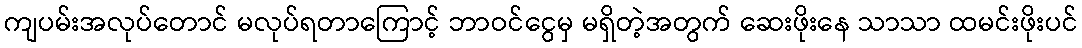
ကျပမ်းအလုပ်တောင် မလုပ်ရတာကြောင့် ဘာဝင်ငွေမှ မရှိတဲ့အတွက် ဆေးဖိုးနေ သာသာ ထမင်းဖိုးပင်